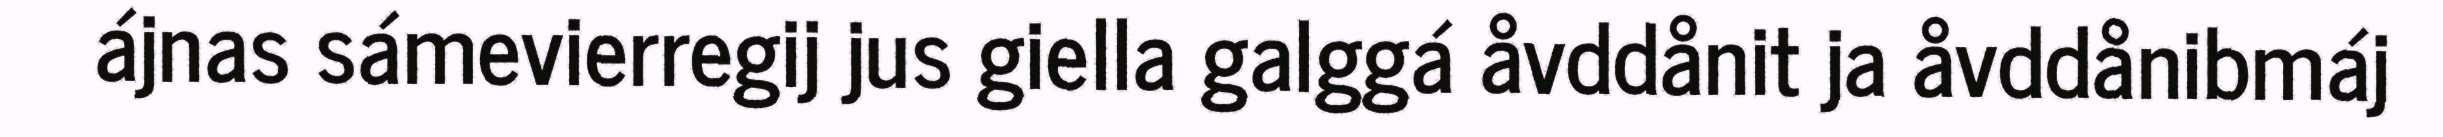
ájnas sámevierregij jus giella galggá åvddånit ja åvddånibmáj